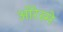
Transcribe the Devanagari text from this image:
ओरेस्मे